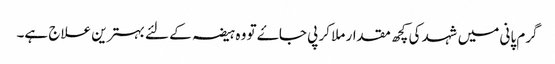
گرم پانی میں شہد کی کچھ مقدار ملا کر پی جاۓ تو وہ ہیضہ کے لئے بہترین علاج ہے۔